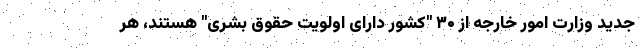
جدید وزارت امور خارجه از ۳۰ "کشور دارای اولویت حقوق بشری" هستند، هر